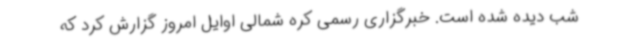
شب دیده شده است. خبرگزاری رسمی کره شمالی اوایل امروز گزارش کرد که